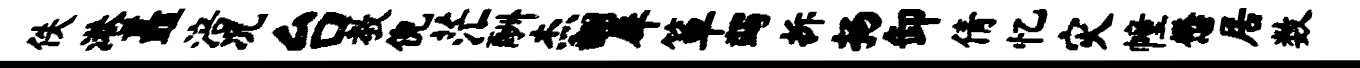
佚港矗涪况台教倪茫酬杰翻犀箪蠲拆扬卸倩忆灾幢懋居数